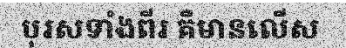
បុរសទាំងពីរ គឺមានលើស